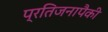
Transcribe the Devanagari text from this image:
प्रतिजनापैकी